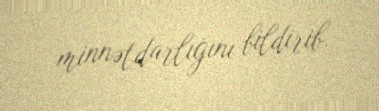
minnətdarlığını bildirib.